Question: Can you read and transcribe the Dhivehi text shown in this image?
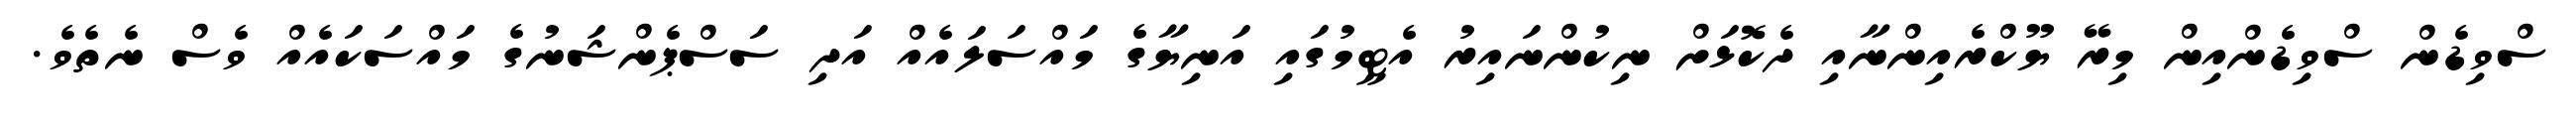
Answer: ސްވިޑެން ސްވިޑެންއިން މިރޭ ޔޫކްރެއިންނާއި ދެކޮޅަށް ނިކުންނައިރު އެޓީމުގައި އަނިޔާގެ މައްސަލައެއް އަދި ސަސްޕެންޝަނުގެ މައްސަކައެއް ވެސް ނެތެވެ.